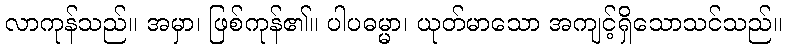
လာကုန်သည်။ အမှာ၊ ဖြစ်ကုန်၏။ ပါပဓမ္မာ၊ ယုတ်မာသော အကျင့်ရှိသောသင်သည်။